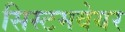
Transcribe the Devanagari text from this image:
सिस्टमवेयर